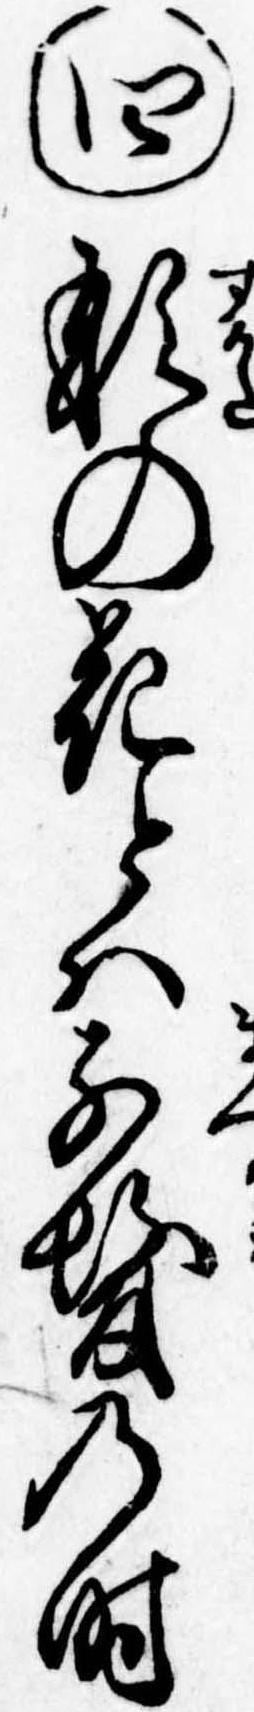
㊃形の花とは前髪の時